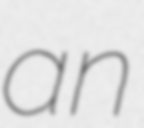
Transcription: an